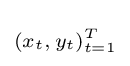
\scriptstyle (x_{t},\,y_{t})_{t=1}^{T}